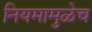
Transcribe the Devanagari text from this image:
नियमामुळेच